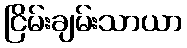
ငြိမ်းချမ်းသာယာ